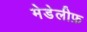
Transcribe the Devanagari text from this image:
मेडेलीफ़